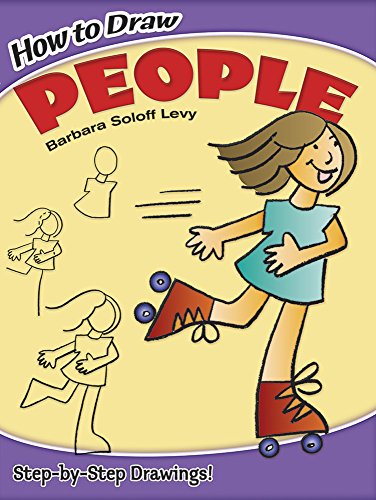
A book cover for How to Draw People (Dover How to Draw); Barbara Soloff Levy; Arts & Photography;